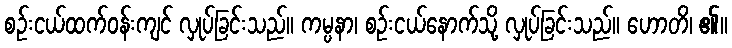
စဉ်းငယ်ထက်ဝန်းကျင် လှုပ်ခြင်းသည်။ ကမ္ပနာ၊ စဉ်းငယ်နောက်သို့ လှုပ်ခြင်းသည်။ ဟောတိ၊ ၏။